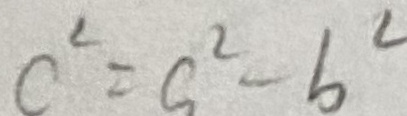
c ^ { 2 } = a ^ { 2 } - b ^ { 2 }